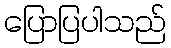
ပြောပြပါသည်